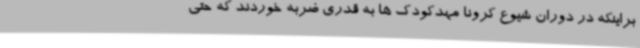
براینکه در دوران شیوع کرونا مهدکودک ها به قدری ضربه خوردند که حتی